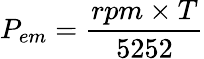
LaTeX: P_{em}={\frac{rpm\times T}{5252}}